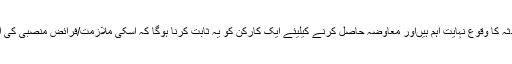
کسی بھی حادثے کے تناظر میں اصطلاح ،ملازمت سے متعلق اور اسکے دواران حادثہ کا وقوع نہایت اہم ہیںاور معاوضہ حاصل کرنے کیلیئے ایک کارکن کو یہ ثابت کرنا ہوگا کہ اسکی ملازمت/فرائض منصبی کی انجام دہی اس حادثہ کی وجہ بنی اور یہ حادثہ دوران ملازمت (اوقات کار) ہی پیش آیا۔